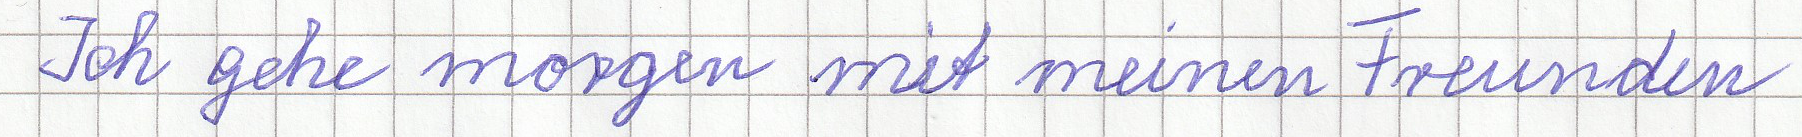
Ich gehe morgen mit meinen Freunden